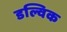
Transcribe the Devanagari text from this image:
डल्विक